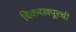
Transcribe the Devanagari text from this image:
चिकबल्लपूरची